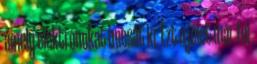
amely elektronokat bocsát ki. Ezt a jelet már fel